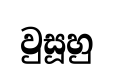
වුසූහු